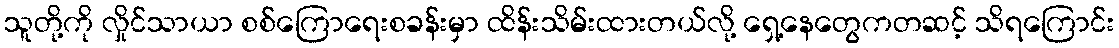
သူတို့ကို လှိုင်သာယာ စစ်ကြောရေးစခန်းမှာ ထိန်းသိမ်းထားတယ်လို့ ရှေ့နေတွေကတဆင့် သိရကြောင်း